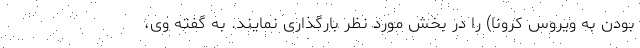
بودن به ویروس کرونا) را در بخش مورد نظر بارگذاری نمایند. به گفته وی،